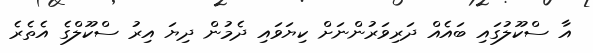
އާ ސްކޫލުގައި ބައެއް ދަރިވަރުންނަށް ކިޔަވައި ދެމުން ދިޔަ އިރު ސްކޫލްގެ އެތެރެ